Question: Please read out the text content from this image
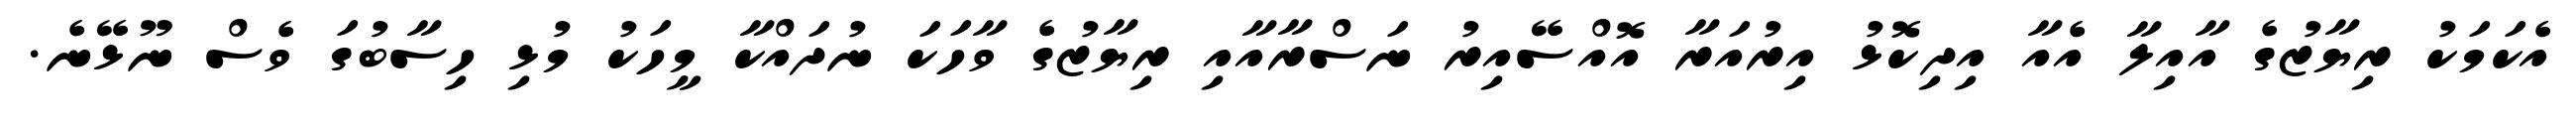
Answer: އެކަމަކު ރިޔާޒުގެ އާއިލާ އެއާ އިދިކޮޅު އިރުއަރާ އޮއްސޭއިރު ނަސްރާއާއި ރިޔާޒުގެ ވާހަކަ ނުދައްކާ މީހަކު މުޅި ހިސާބުގަ ވެސް ނޫޅޭނެ.